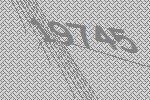
19745